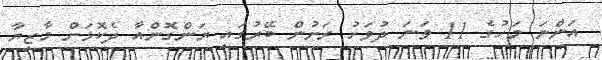
އަންނަ މަހުގެ 11 ވަނަ ދުވަހު ރަށުން ބޭރުގައި ޔަންގޮންއާ ދެކޮޅަށް މާޒިޔާ